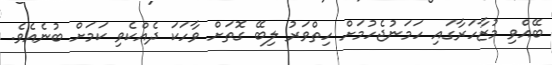
ބޭއްވި މުޒާހަރާގައި ހަމަނުޖެހުމަށް ހިތްވަރު ލިބޭ ގޮތަށް ވާހަކަ ދެއްކެވި ކަަމަށް ބުނެއެވެ.